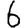
Digit: 6